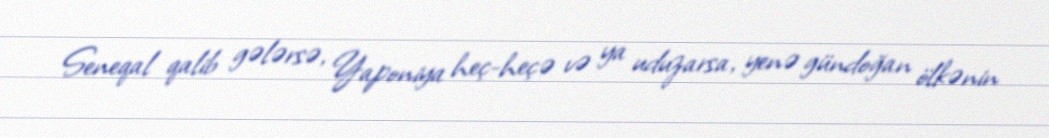
Seneqal qalib gələrsə, Yaponiya heç-heçə və ya uduzarsa, yenə gündoğan ölkənin